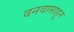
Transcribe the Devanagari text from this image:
वनवासाहून